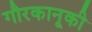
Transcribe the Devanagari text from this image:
गौरकानूकी